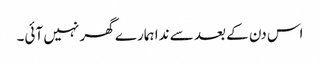
اس دن کے بعد سے ندا ہمارے گھر نہیں آئی۔